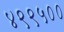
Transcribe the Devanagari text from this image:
४९९५००